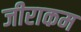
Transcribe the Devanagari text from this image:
जीराकम